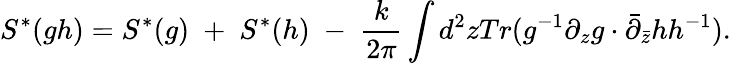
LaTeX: S^{*}(gh)=S^{*}(g)\; +\; S^{*}(h)\; -\; {\frac{k}{2\pi}}\int d^{2}zTr(g^{-1}\partial_{z}g\cdot\bar{\partial}_{\bar{z}}hh^{-1}).